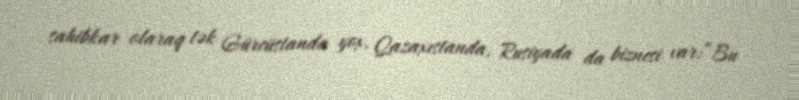
sahibkar olaraq tək Gürcüstanda yox, Qazaxıstanda, Rusiyada da biznesi var:“Bu